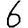
Digit: 6